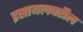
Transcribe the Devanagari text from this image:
इस्रायलवरील